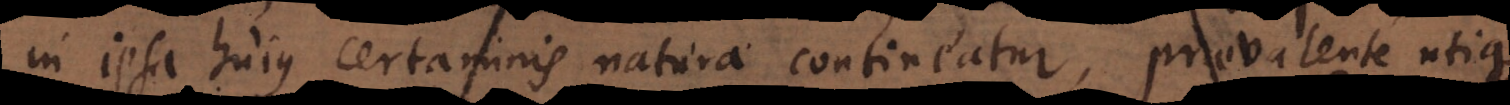
in ipsa hujus certaminis natura contineatur, provalente utique